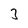
Character: 3